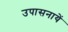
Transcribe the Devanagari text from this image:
उपासनायें